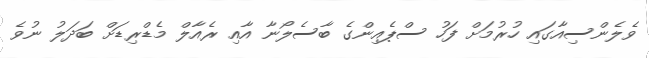
ވެލެންސިއާގައި ހުރުމަށް ފަހު ސްޕެއިންގެ ބާސެލޯނާ އާއި ރެއާލް މެޑްރިޑަށް ބަދަލު ނުވެ